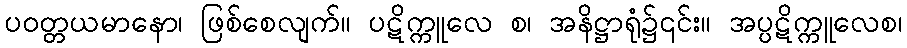
ပဝတ္တယမာနော၊ ဖြစ်စေလျက်။ ပဋိက္ကူလေ စ၊ အနိဋ္ဌာရုံ၌၎င်း။ အပ္ပဋိက္ကူလေစ၊